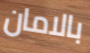
بالامان